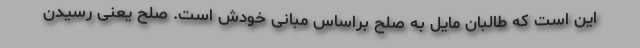
این است که طالبان مایل به صلح براساس مبانی خودش است. صلح یعنی رسیدن